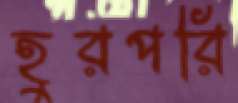
হুরপরি